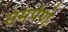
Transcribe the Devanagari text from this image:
समर्पणं